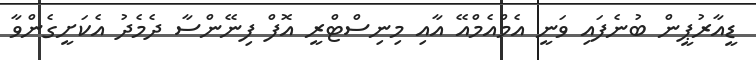
ޑީއާރުޕީން ބުނެފައި ވަނީ އެމްއެމްއޭ އާއި މިނިސްޓްރީ އޮފް ފިނޭންސާ ދެމެދު އެކަށީގެންވާ